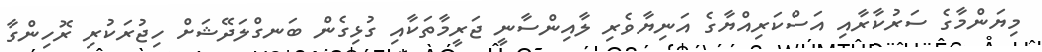
މިޔަންމާގެ ސަރުކާރާއި އަސްކަރިއްޔާގެ އަނިޔާވެރި ލާއިންސާނީ ޖަރީމާތަކާއި ގުޅިގެން ބަނގްލަދޭޝަށް ހިޖުރަކުރި ރޮހިންގާ